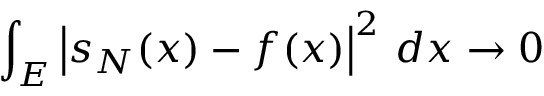
\int _ { E } \left| s _ { N } ( x ) - f ( x ) \right| ^ { 2 } \, d x \to 0